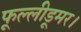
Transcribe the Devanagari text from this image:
फूल्लीडूमर।